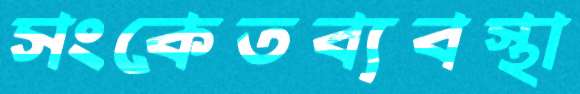
সংকেতব্যবস্থা